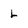
Character: L